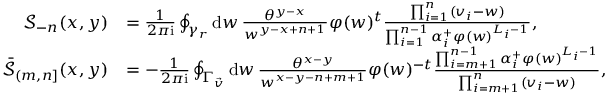
\begin{array} { r l } { \mathcal { S } _ { - n } ( x , y ) } & { = \frac { 1 } { 2 \pi \mathrm { i } } \oint _ { \gamma _ { r } } \mathrm { d } w \, \frac { \theta ^ { y - x } } { w ^ { y - x + n + 1 } } \varphi ( w ) ^ { t } \frac { \prod _ { i = 1 } ^ { n } ( v _ { i } - w ) } { \prod _ { i = 1 } ^ { n - 1 } \alpha _ { i } ^ { + } \varphi ( w ) ^ { L _ { i } - 1 } } , } \\ { \bar { \mathcal { S } } _ { ( m , n ] } ( x , y ) } & { = - \frac { 1 } { 2 \pi \mathrm { i } } \oint _ { \Gamma _ { \vec { v } } } \mathrm { d } w \, \frac { \theta ^ { x - y } } { w ^ { x - y - n + m + 1 } } \varphi ( w ) ^ { - t } \frac { \prod _ { i = m + 1 } ^ { n - 1 } \alpha _ { i } ^ { + } \varphi ( w ) ^ { L _ { i } - 1 } } { \prod _ { i = m + 1 } ^ { n } ( v _ { i } - w ) } , } \end{array}